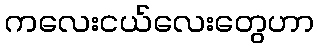
ကလေးငယ်လေးတွေဟာ